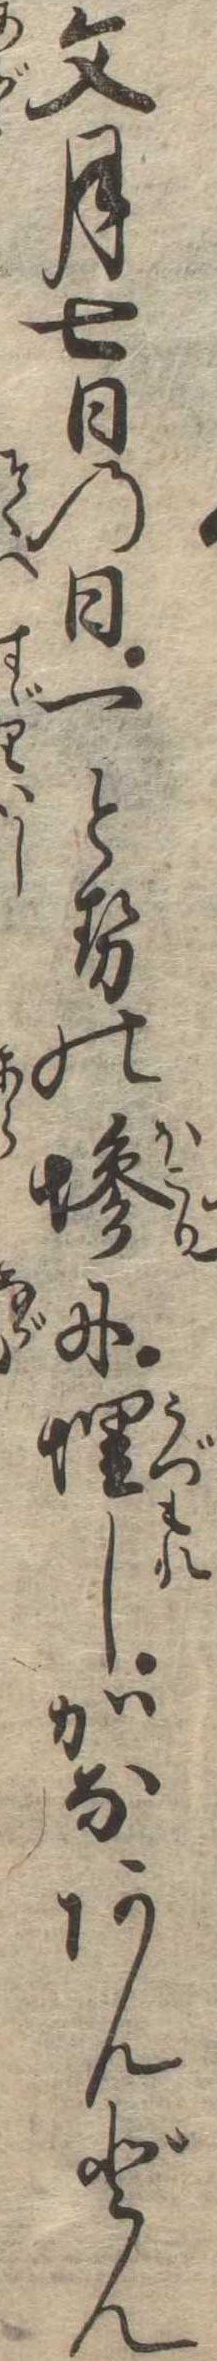
文月七日の日一とせの埃に埋しかなあんどん